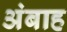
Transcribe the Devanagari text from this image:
अंबाह